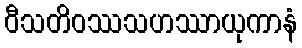
ဝီသတိဝဿသဟဿာယုကာနံ